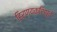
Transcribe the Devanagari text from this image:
हिरण्यकशिपूचे